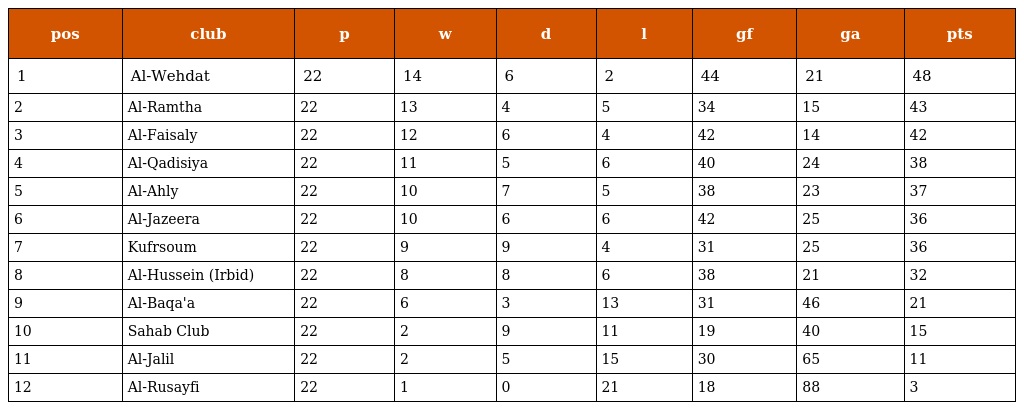
| pos | club | p | w | d | l | gf | ga | pts |
 | --- | --- | --- | --- | --- | --- | --- | --- | --- |
 | 1 | Al-Wehdat | 22 | 14 | 6 | 2 | 44 | 21 | 48 |
 | 2 | Al-Ramtha | 22 | 13 | 4 | 5 | 34 | 15 | 43 |
 | 3 | Al-Faisaly | 22 | 12 | 6 | 4 | 42 | 14 | 42 |
 | 4 | Al-Qadisiya | 22 | 11 | 5 | 6 | 40 | 24 | 38 |
 | 5 | Al-Ahly | 22 | 10 | 7 | 5 | 38 | 23 | 37 |
 | 6 | Al-Jazeera | 22 | 10 | 6 | 6 | 42 | 25 | 36 |
 | 7 | Kufrsoum | 22 | 9 | 9 | 4 | 31 | 25 | 36 |
 | 8 | Al-Hussein (Irbid) | 22 | 8 | 8 | 6 | 38 | 21 | 32 |
 | 9 | Al-Baqa'a | 22 | 6 | 3 | 13 | 31 | 46 | 21 |
 | 10 | Sahab Club | 22 | 2 | 9 | 11 | 19 | 40 | 15 |
 | 11 | Al-Jalil | 22 | 2 | 5 | 15 | 30 | 65 | 11 |
 | 12 | Al-Rusayfi | 22 | 1 | 0 | 21 | 18 | 88 | 3 |